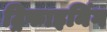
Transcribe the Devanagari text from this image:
ट्रिफाइनिंग